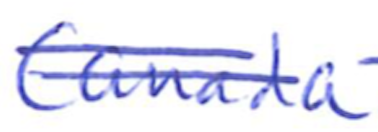
Text: Canada
Cross-out: double-line
Writing tool: ballpoint